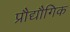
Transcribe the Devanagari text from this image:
प्रौद्यौगिक